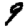
Digit: 9